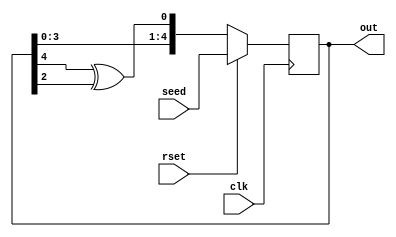
`timescale 1ns / 1ps
//////////////////////////////////////////////////////////////////////////////////
// Company: 
// Engineer: 
// 
// Design Name: 
// Module Name:    LFSR 
// Project Name: 
// Target Devices: 
// Tool versions: 
// Description: 
//
// Dependencies: 
//
// Revision: 
// Revision 0.01 - File Created
// Additional Comments: 
//
//////////////////////////////////////////////////////////////////////////////////
module LFSR(out,rset, clk,seed);
input clk,rset;
output reg [4:0] out;
//reg feedback=1'b0;

input  [4:0] seed;

	always @ (posedge clk)
	begin
if (rset) begin
out=seed;
end
else

begin
out={out[3:0],out[4]^out[2]};

end
end
endmodule